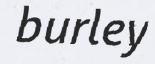
burley